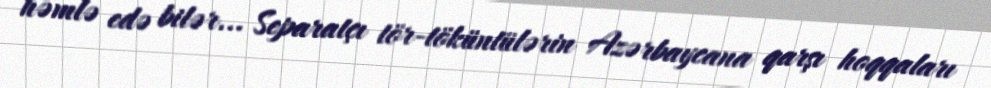
həmlə edə bilər... Separatçı tör-töküntülərin Azərbaycana qarşı hoqqaları